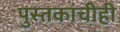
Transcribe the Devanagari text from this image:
पुस्तकांचीही